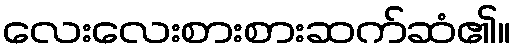
လေးလေးစားစားဆက်ဆံ၏။